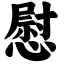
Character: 慰